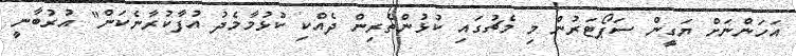
އަހަންނަށް ޔަގީން ސަޕޯޓަރުން މި މެޗުގައި ކުޅުންތެރިން ދެއްކި ކުޅުމާމެދު އުފާކުރާނެކަން" އުރުބާނީ